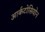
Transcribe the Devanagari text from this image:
आर्कटोसियोन